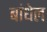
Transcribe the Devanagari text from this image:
बांधेल